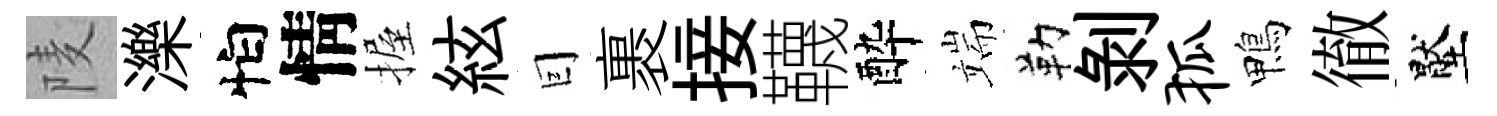
𨹧濼怕情握絃囙裹接韈酔端勒剝狐鴨徹壓